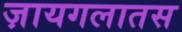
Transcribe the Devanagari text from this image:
ज़ायगलातस